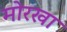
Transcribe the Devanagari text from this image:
मोरखा